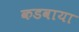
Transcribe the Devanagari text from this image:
कडवाया